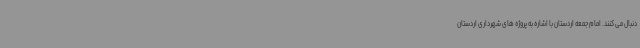
دنبال می کنند. امام جمعه اردستان با اشاره به پروژه های شهرداری اردستان